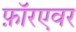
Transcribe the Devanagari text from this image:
फ़ॉरएवर